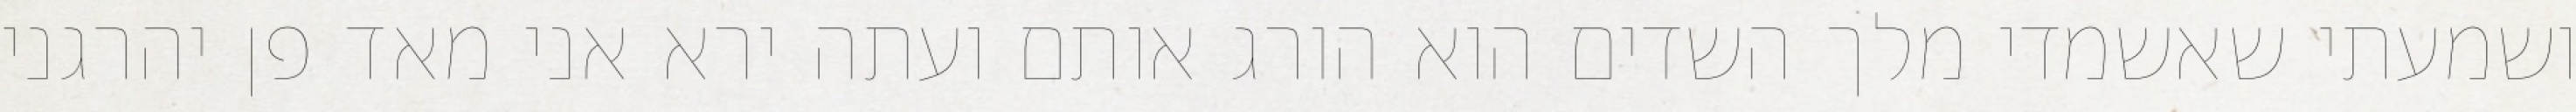
ושמעתי שאשמדי מלך השדים הוא הורג אותם ועתה ירא אני מאד פן יהרגני